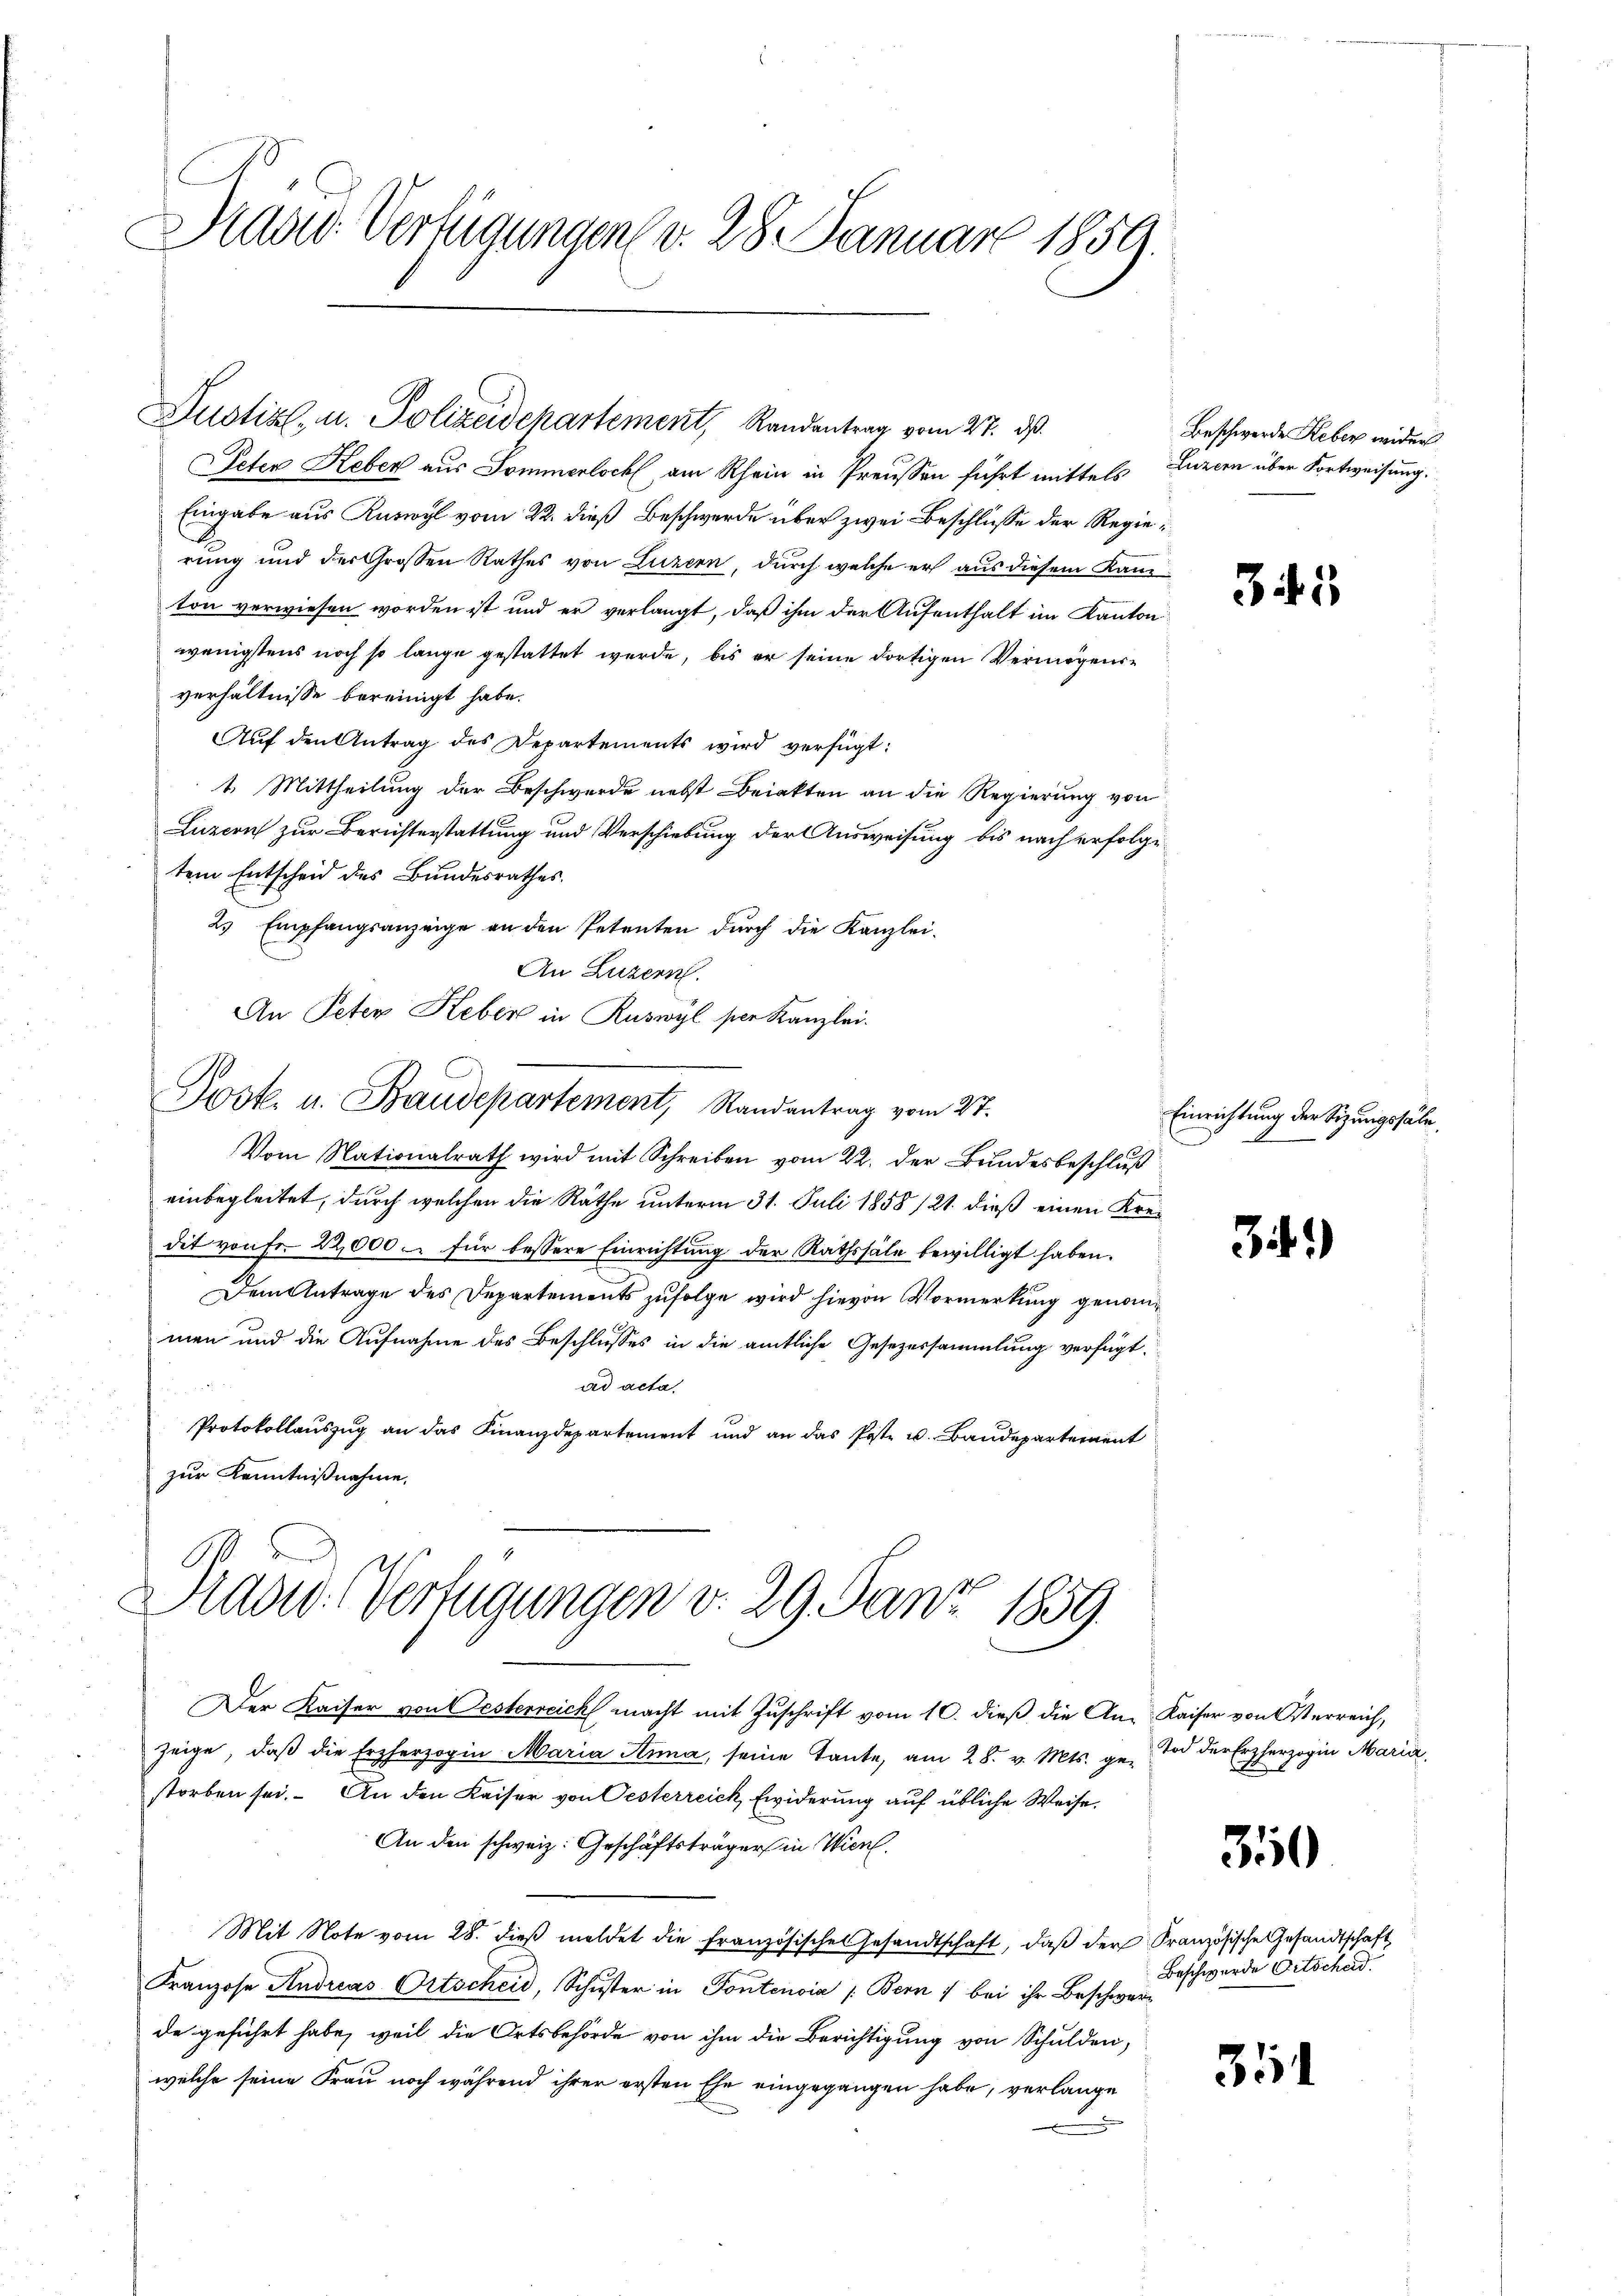
Stand Verfügungen v. 28. Januar 1859.

Justiz- u. Polizeidchartement, Randantrag vom 27. ds.

Deten Keber aus Sommerlock am Rhein in Preussen führt mittels Luzern über Fortweisung.
Eingabe aus Kuswyl vom 22. dieß Beschwerde über zwei Beschlüsse der Regierung und der Großen Rathes von Luzern, durch welche er aus diesem Kanton verwiesen worden ist und er verlangt, daß ihm der Aufenthalt im Kanton
wenigstens noch so lange gestattet werde, bis er seine dortigen Vermögensverhältnisse bereinigt habe.
Auf den Antrag des Departements wird verfügt:
1. Mittheilung der Beschwerde nebst Briekten an die Regierung von
Luzern zur Berichterstattung und Verschiebung der Ausweisung bis nach erfolge
tem Entscheid des Bundesrathes.
2) Empfangsanzeige an den Petenten durch die Kanzlei-

An Luzern.
An Peter Keber in Ruswyl per Kanzlei.
Josk. u. Baudepartement, Randantrag vom 27.
Vom Nationalrath wird mit Schreiben vom 22. der Bundesbeschluß
einbegleitet, durch welchen die Räthe unterm 31. Juli 1858/21. dieß einen Kredit von fr. 22,000 - für bessere Einrichtŭng der Rathssäle bewilligt haben.
Dem Antrage des Departements zufolge wird hievon Vormerkung genommen und die Aufnahme des Beschlusses in die amtliche Gesezessammlung verfügt.
ad acta
Protokollauszug an das Finanzdepartement und an das Post- u. Baudepartement
zur Kenntnißnahme,

Pradw. Verfügungen v. 29. Janz 1859

Der Kaiser von Oesterreich macht mit Zuschrift vom 10. dieß die An- Kaiser von Osterreich,
zeige, daß die Erzherzogin Maria Anna, seine Tante, am 28. v. Mts. ge- Tod der Erzherzogin Maria,
storben sei. An den Kaiser von Oesterreick Ewiderung auf übliche Weise.
An den schweiz. Geschäftsträger in Wien.
Mit Note vom 28. dieβ meldet die Französisches Gesandtschaft, daβ der Französische Gesandtschaft
Franzose Andreas Ortscheid, Schŭster in Fontensia (Bern bei ihr Beschwerde geführt habe, weil die Ortsbehörde von ihm die Berichtigung von Schulden,
welche seine Frau noch während ihrer ersten Ehe eingegangen habe, verlange

Beschwerde Reber wider

342

Einrichtung der Sitzungssa

34.)

350

Beschwerde Ortschad

31

d